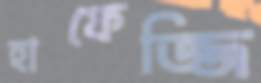
হাফেজ্জি